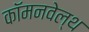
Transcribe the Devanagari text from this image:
कॉमनवेल्‍थ